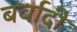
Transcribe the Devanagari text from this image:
बर्वादी